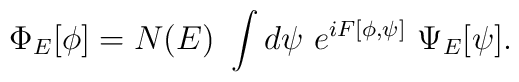
\Phi _E[\phi ]=N(E)~\int d\psi ~e^{iF[\phi ,\psi]}~\Psi _E[\psi ].